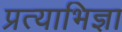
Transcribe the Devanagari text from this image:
प्रत्याभिज्ञा